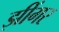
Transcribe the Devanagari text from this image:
झींगर